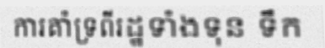
ការគាំទ្រពីរដ្ឋទាំងទុន ទឹក